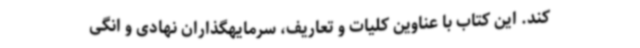
کند. این کتاب با عناوین کلیات و تعاریف، سرمایهگذاران نهادی و انگی